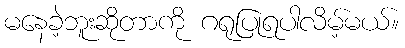
မနေခဲ့ဘူးဆိုတာကို ဂရုပြုရပါလိမ့်မယ်။